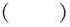
()